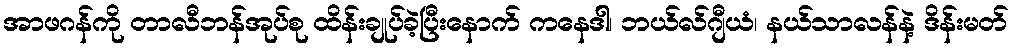
အာဖဂန်ကို တာလီဘန်အုပ်စု ထိန်းချုပ်ခဲ့ပြီးနောက် ကနေဒါ၊ ဘယ်လ်ဂျီယံ၊ နယ်သာလန်နဲ့ ဒိန်းမတ်